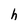
Character: h